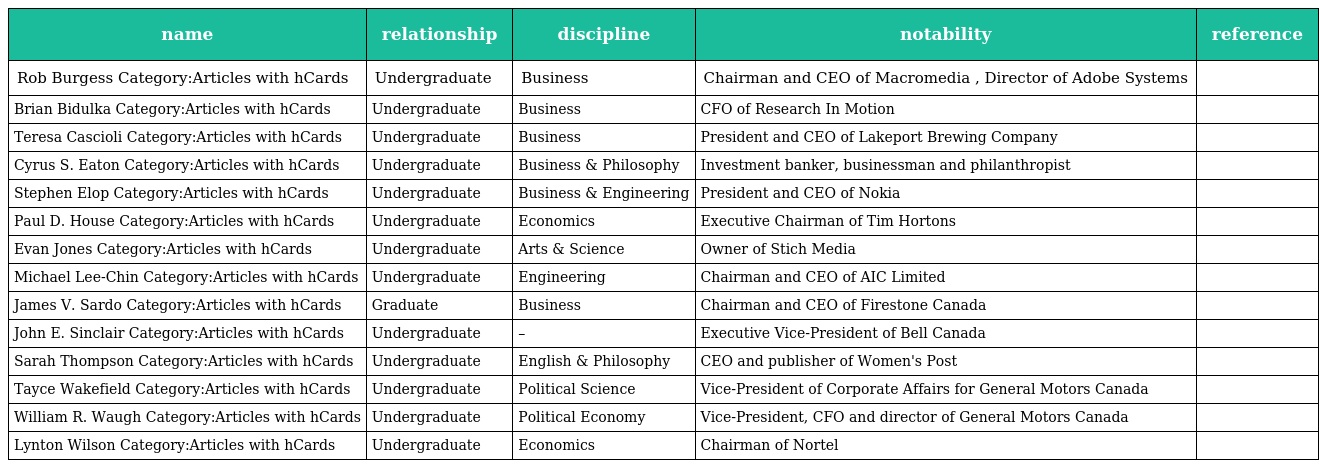
| name | relationship | discipline | notability | reference |
 | --- | --- | --- | --- | --- |
 | Rob Burgess Category:Articles with hCards | Undergraduate | Business | Chairman and CEO of Macromedia , Director of Adobe Systems |  |
 | Brian Bidulka Category:Articles with hCards | Undergraduate | Business | CFO of Research In Motion |  |
 | Teresa Cascioli Category:Articles with hCards | Undergraduate | Business | President and CEO of Lakeport Brewing Company |  |
 | Cyrus S. Eaton Category:Articles with hCards | Undergraduate | Business & Philosophy | Investment banker, businessman and philanthropist |  |
 | Stephen Elop Category:Articles with hCards | Undergraduate | Business & Engineering | President and CEO of Nokia |  |
 | Paul D. House Category:Articles with hCards | Undergraduate | Economics | Executive Chairman of Tim Hortons |  |
 | Evan Jones Category:Articles with hCards | Undergraduate | Arts & Science | Owner of Stich Media |  |
 | Michael Lee-Chin Category:Articles with hCards | Undergraduate | Engineering | Chairman and CEO of AIC Limited |  |
 | James V. Sardo Category:Articles with hCards | Graduate | Business | Chairman and CEO of Firestone Canada |  |
 | John E. Sinclair Category:Articles with hCards | Undergraduate | – | Executive Vice-President of Bell Canada |  |
 | Sarah Thompson Category:Articles with hCards | Undergraduate | English & Philosophy | CEO and publisher of Women's Post |  |
 | Tayce Wakefield Category:Articles with hCards | Undergraduate | Political Science | Vice-President of Corporate Affairs for General Motors Canada |  |
 | William R. Waugh Category:Articles with hCards | Undergraduate | Political Economy | Vice-President, CFO and director of General Motors Canada |  |
 | Lynton Wilson Category:Articles with hCards | Undergraduate | Economics | Chairman of Nortel |  |